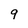
Character: 9